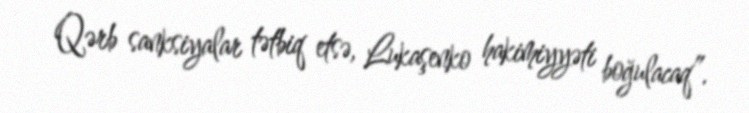
Qərb sanksiyalar tətbiq etsə, Lukaşenko hakimiyyəti boğulacaq”.